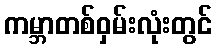
ကမ္ဘာတစ်ဝှမ်းလုံးတွင်